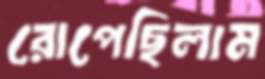
রোপেছিলাম